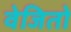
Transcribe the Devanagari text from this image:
वेजितो